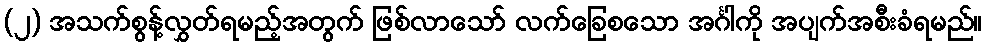
(၂) အသက်စွန့်လွှတ်ရမည့်အတွက် ဖြစ်လာသော် လက်ခြေစသော အင်္ဂါကို အပျက်အစီးခံရမည်။